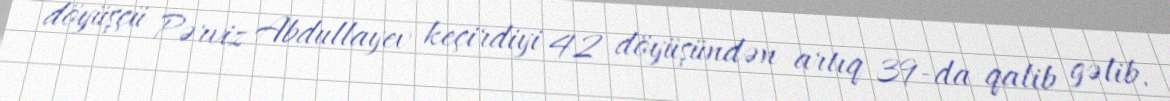
döyüşçü Pərviz Abdullayev keçirdiyi 42 döyüşündən artıq 39-da qalib gəlib.